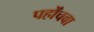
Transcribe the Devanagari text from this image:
पहोंचवा